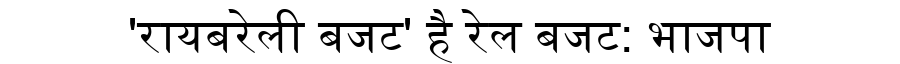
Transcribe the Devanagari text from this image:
'रायबरेली बजट' है रेल बजट: भाजपा